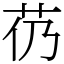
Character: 芿